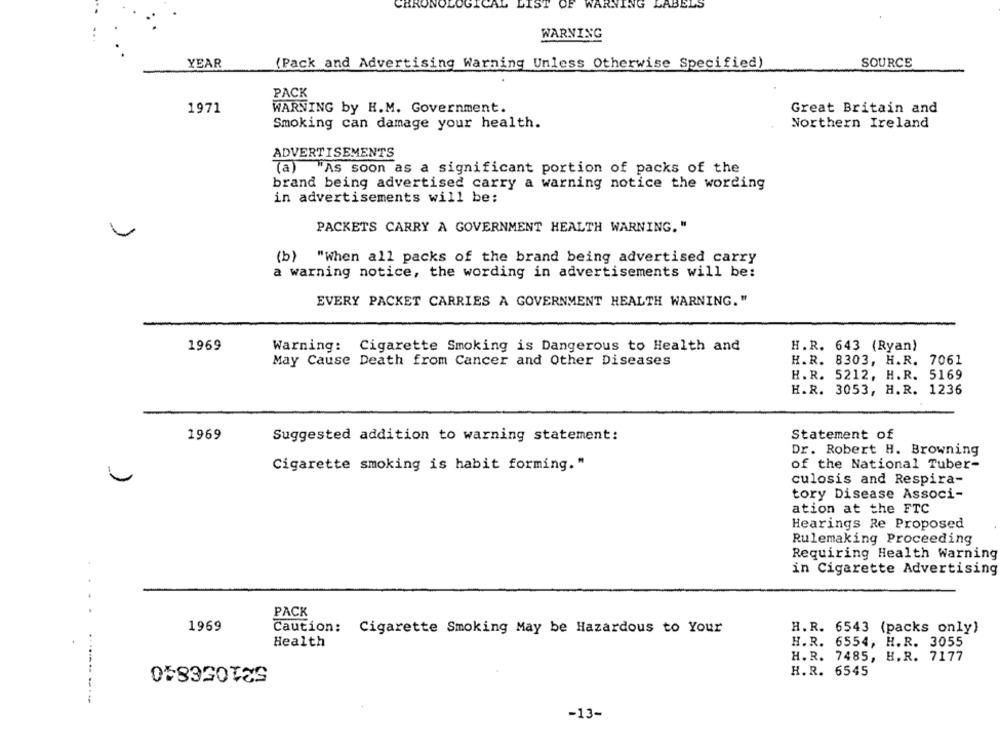
CARON
LIST
WARNING LABELS
WARNING
YEAR
(Pack and Advertising Warning Unless Otherwise Specified)
SOURCE
PACK
1971
WARNING by H.M. Government.
Great Britain and
Smoking can damage your health.
Northern Ireland
ADVERTISEMENTS
(a) "As soon as a significant portion of packs of the
brand being advertised carry a warning notice the wording
in advertisements will be:
PACKETS CARRY A GOVERNMENT HEALTH WARNING. "
(b) "When all packs of the brand being advertised carry
a warning notice, the wording in advertisements will be:
EVERY PACKET CARRIES A GOVERNMENT HEALTH WARNING."
H.R. 643 (Ryan)
1969
Warning: Cigarette Smoking is Dangerous to Health and
H.R. 8303, H.R. 7061
May Cause Death from Cancer and Other Diseases
H.R. 5212, H.R. 5169
H.R. 3053, H. R. 1236
1969
Statement of
Suggested addition to warning statement:
Dr. Robert H. Browning
of the National Tuber-
Cigarette smoking is habit forming."
culosis and Respira-
tory Disease Associ-
ation at the FTC
Hearings Re Proposed
Rulemaking Proceeding
Requiring Health Warning
in Cigarette Advertising
....
PACK
1969
Caution: Cigarette Smoking May be Hazardous to Your
H.R. 6543 (packs only)
Health
H.R. 6554, H.R. 3055
521056840
H. R. 7485, H.R. 7177
H.R. 6545
-13-